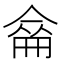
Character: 𠌈